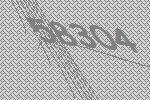
58304